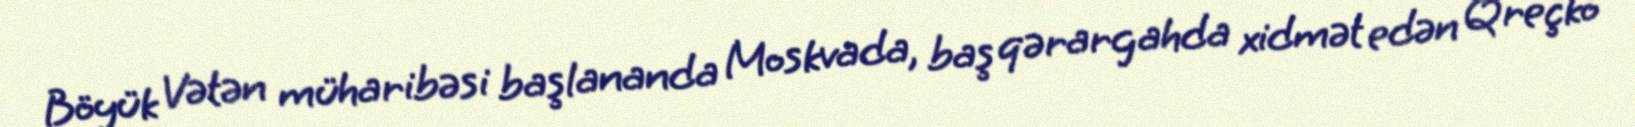
Böyük Vətən müharibəsi başlananda Moskvada, baş qərargahda xidmət edən Qreçko